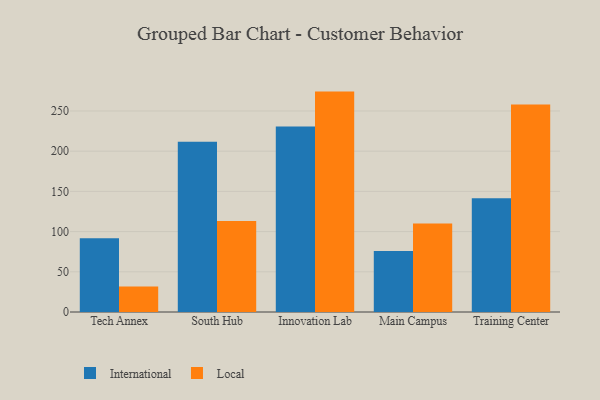
{"axis": {"x": "Campus", "y": "LTV (USD)"}, "legend": ["International", "Local"], "data": [{"x": "Tech Annex", "y": 91.7, "type": "International"}, {"x": "Tech Annex", "y": 31.8, "type": "Local"}, {"x": "South Hub", "y": 211.8, "type": "International"}, {"x": "South Hub", "y": 113.2, "type": "Local"}, {"x": "Innovation Lab", "y": 230.6, "type": "International"}, {"x": "Innovation Lab", "y": 274.1, "type": "Local"}, {"x": "Main Campus", "y": 75.9, "type": "International"}, {"x": "Main Campus", "y": 110.0, "type": "Local"}, {"x": "Training Center", "y": 141.5, "type": "International"}, {"x": "Training Center", "y": 258.0, "type": "Local"}]}